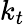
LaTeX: k_{t}